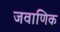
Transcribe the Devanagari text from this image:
जवाणिक